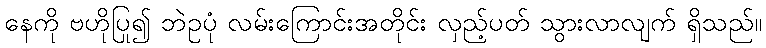
နေကို ဗဟိုပြု၍ ဘဲဥပုံ လမ်းကြောင်းအတိုင်း လှည့်ပတ် သွားလာလျက် ရှိသည်။